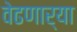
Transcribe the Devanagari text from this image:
वेढणार्‍या